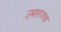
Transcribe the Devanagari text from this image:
उभारायचा